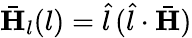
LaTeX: \bar{\mathbf{H}}_{l}(l)=\hat{l}\, (\hat{l}\cdot\bar{\mathbf{H}})